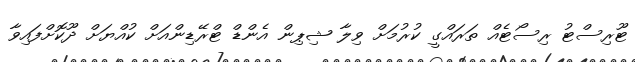
ޓޫރިސްޓު ރިސޯޓެއް ތަރައްގީ ކުރުމަށް ވިލާ ޝިޕިން އެންޑް ޓްރޭޑިންއަށް ކުއްޔަށް ދޫކޮށްފައިވާ